NAE_EAOK_eestikeelsed_sunnimeetrikad, lk 199
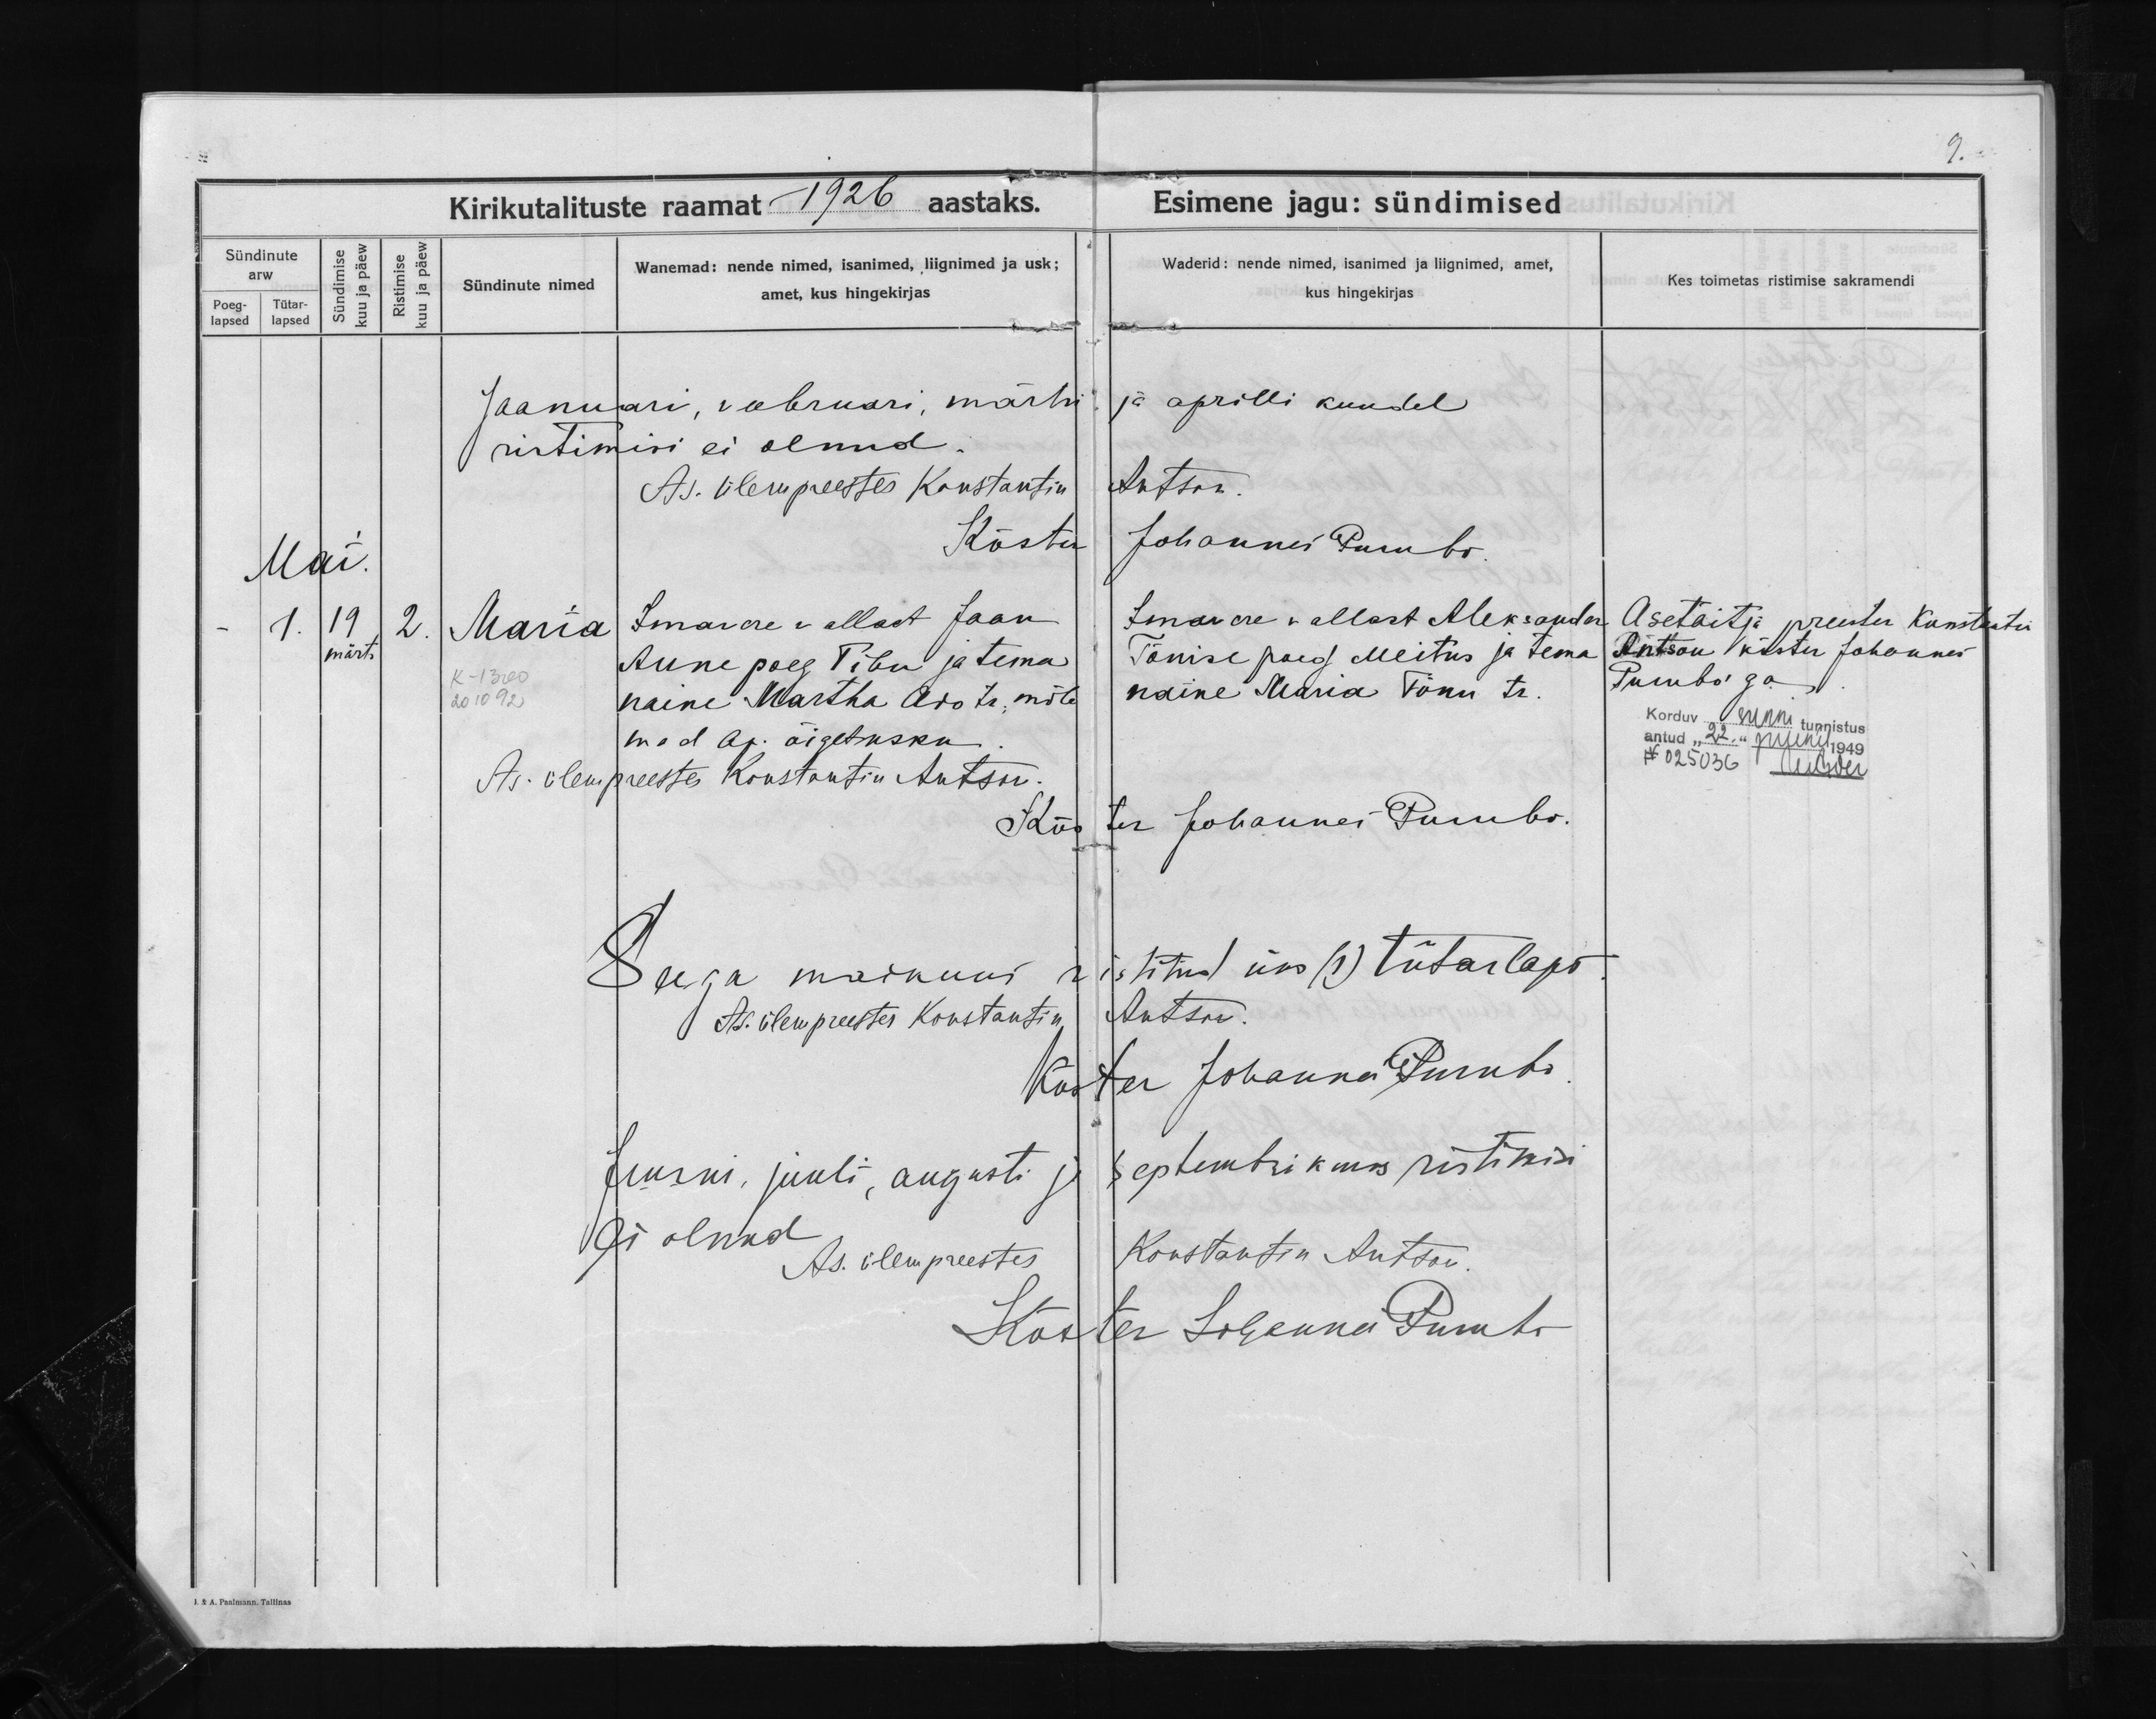
Maria

Imavere vallast Jaan
Aune poeg Tibu ja tema
naine Martha Ado tr; mõle
mad ap. õigetusku.